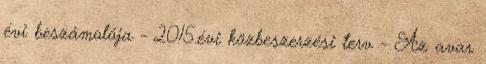
évi beszámolója - 2015.évi közbeszerzési terv - Az avar